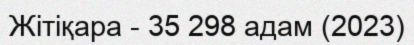
Жітіқара - 35 298 адам (2023)